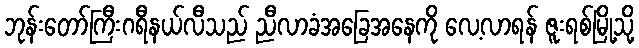
ဘုန်းတော်ကြီးဂရီနယ်လီသည် ညီလာခံအခြေအနေကို လေ့လာရန် ဇူးရစ်မြို့သို့